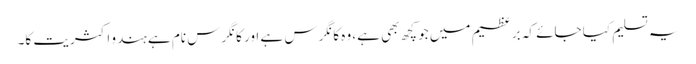
یہ تسلیم کیا جائے کہ برِعظیم میں جو کچھ بھی ہے، وہ کانگرس ہے اور کانگرس نام ہے ہندو اکثریت کا۔